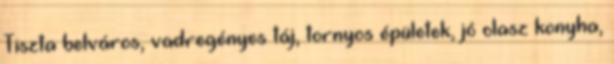
Tiszta belváros, vadregényes táj, tornyos épületek, jó olasz konyha,